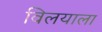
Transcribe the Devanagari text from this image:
विलयाला